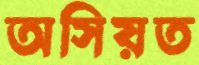
অসিয়ত